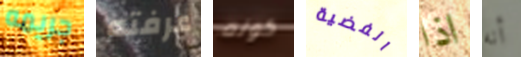
جريمه عرفته كونه الفضية اذا أنه